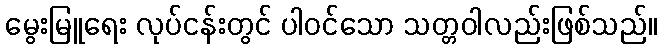
မွေးမြူရေး လုပ်ငန်းတွင် ပါဝင်သော သတ္တဝါလည်းဖြစ်သည်။